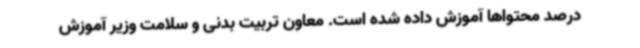
درصد محتواها آموزش داده شده است. معاون تربیت بدنی و سلامت وزیر آموزش